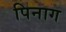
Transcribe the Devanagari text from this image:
पिनाग